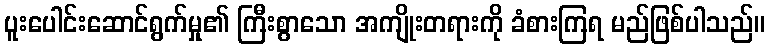
ပူးပေါင်းဆောင်ရွက်မှု၏ ကြီးစွာသော အကျိုးတရားကို ခံစားကြရ မည်ဖြစ်ပါသည်။